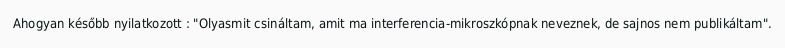
Ahogyan később nyilatkozott : "Olyasmit csináltam, amit ma interferencia-mikroszkópnak neveznek, de sajnos nem publikáltam".